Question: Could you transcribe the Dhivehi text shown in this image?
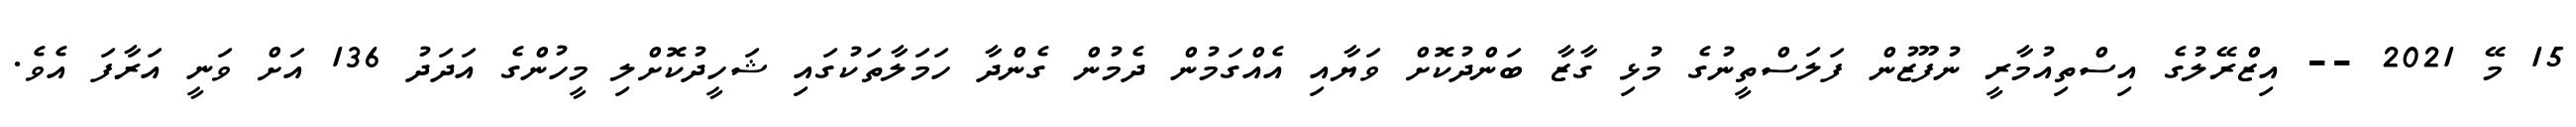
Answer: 15 މޭ 2021 -- އިޒްރޭލުގެ އިސްތިއުމާރީ ނުފޫޒުން ފަލަސްތީނުގެ މުޅި ގާޒާ ބަންދުކޮށް ވަޔާއި އެއްގަމުން ދެމުން ގެންދާ ހަމަލާތަކުގައި ޝަހީދުކޮށްލި މީހުންގެ އަދަދު 136 އަށް ވަނީ އަރާފަ އެވެ.